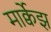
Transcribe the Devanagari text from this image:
मार्क्वेझ